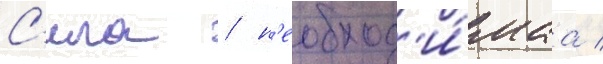
С'ила / н'еобход'и́маа /